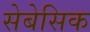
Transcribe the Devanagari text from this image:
सेबेसिक